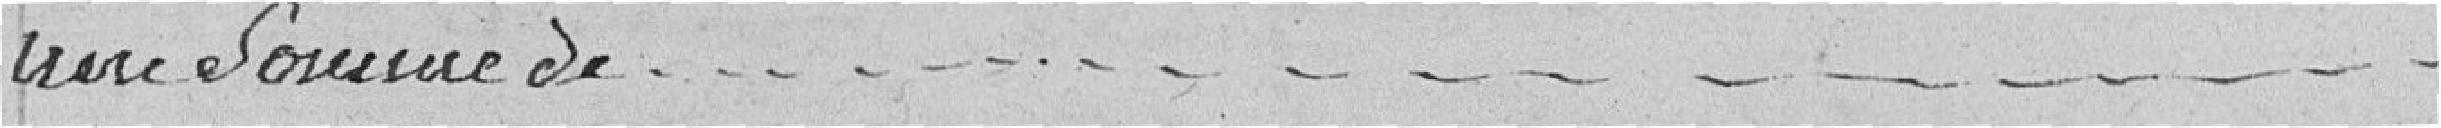
une somme de .............